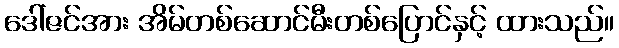
ဒေါ်ဇင်အား အိမ်တစ်ဆောင်မီးတစ်ပြောင်နှင့် ထားသည်။